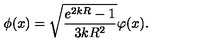
\phi ( x ) = \sqrt { \frac { e ^ { 2 k R } - 1 } { 3 k R ^ { 2 } } } \varphi ( x ) .